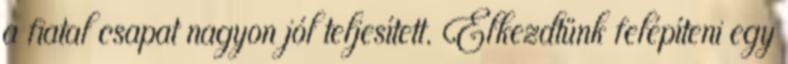
a fiatal csapat nagyon jól teljesített. Elkezdtünk felépíteni egy